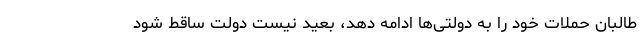
طالبان حملات خود را به دولتی‌ها ادامه دهد، بعید نیست دولت ساقط شود